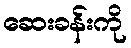
ဆေးခန်းကို